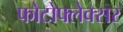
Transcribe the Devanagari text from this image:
फोटोफ्लेक्सर